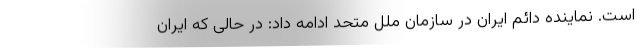
است. نماینده دائم ایران در سازمان ملل متحد ادامه داد: در حالی که ایران